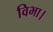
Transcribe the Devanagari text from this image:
विभा।